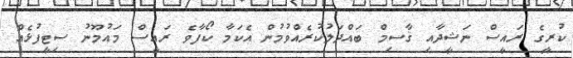
ކުރީގެ ރައީސް ނަޝީދާއި ޤާސިމް ބައްދަލުކުރެއްވުމުން އެކަމާ ކޯފާވެ ރައީސް މައުމޫނު ސިޓީފުޅެއް